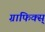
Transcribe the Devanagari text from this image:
ग्राफिक्स्